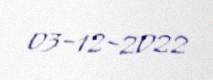
03-12-2022